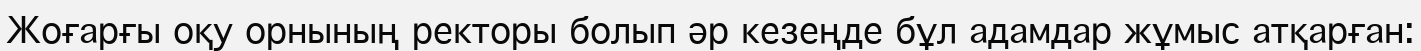
Жоғарғы оқу орнының ректоры болып әр кезеңде бұл адамдар жұмыс атқарған: